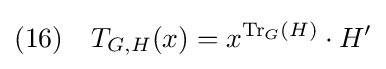
(16)\quad T_{G,H}(x)=x^{\mathrm {Tr} _{G}(H)}\cdot H'